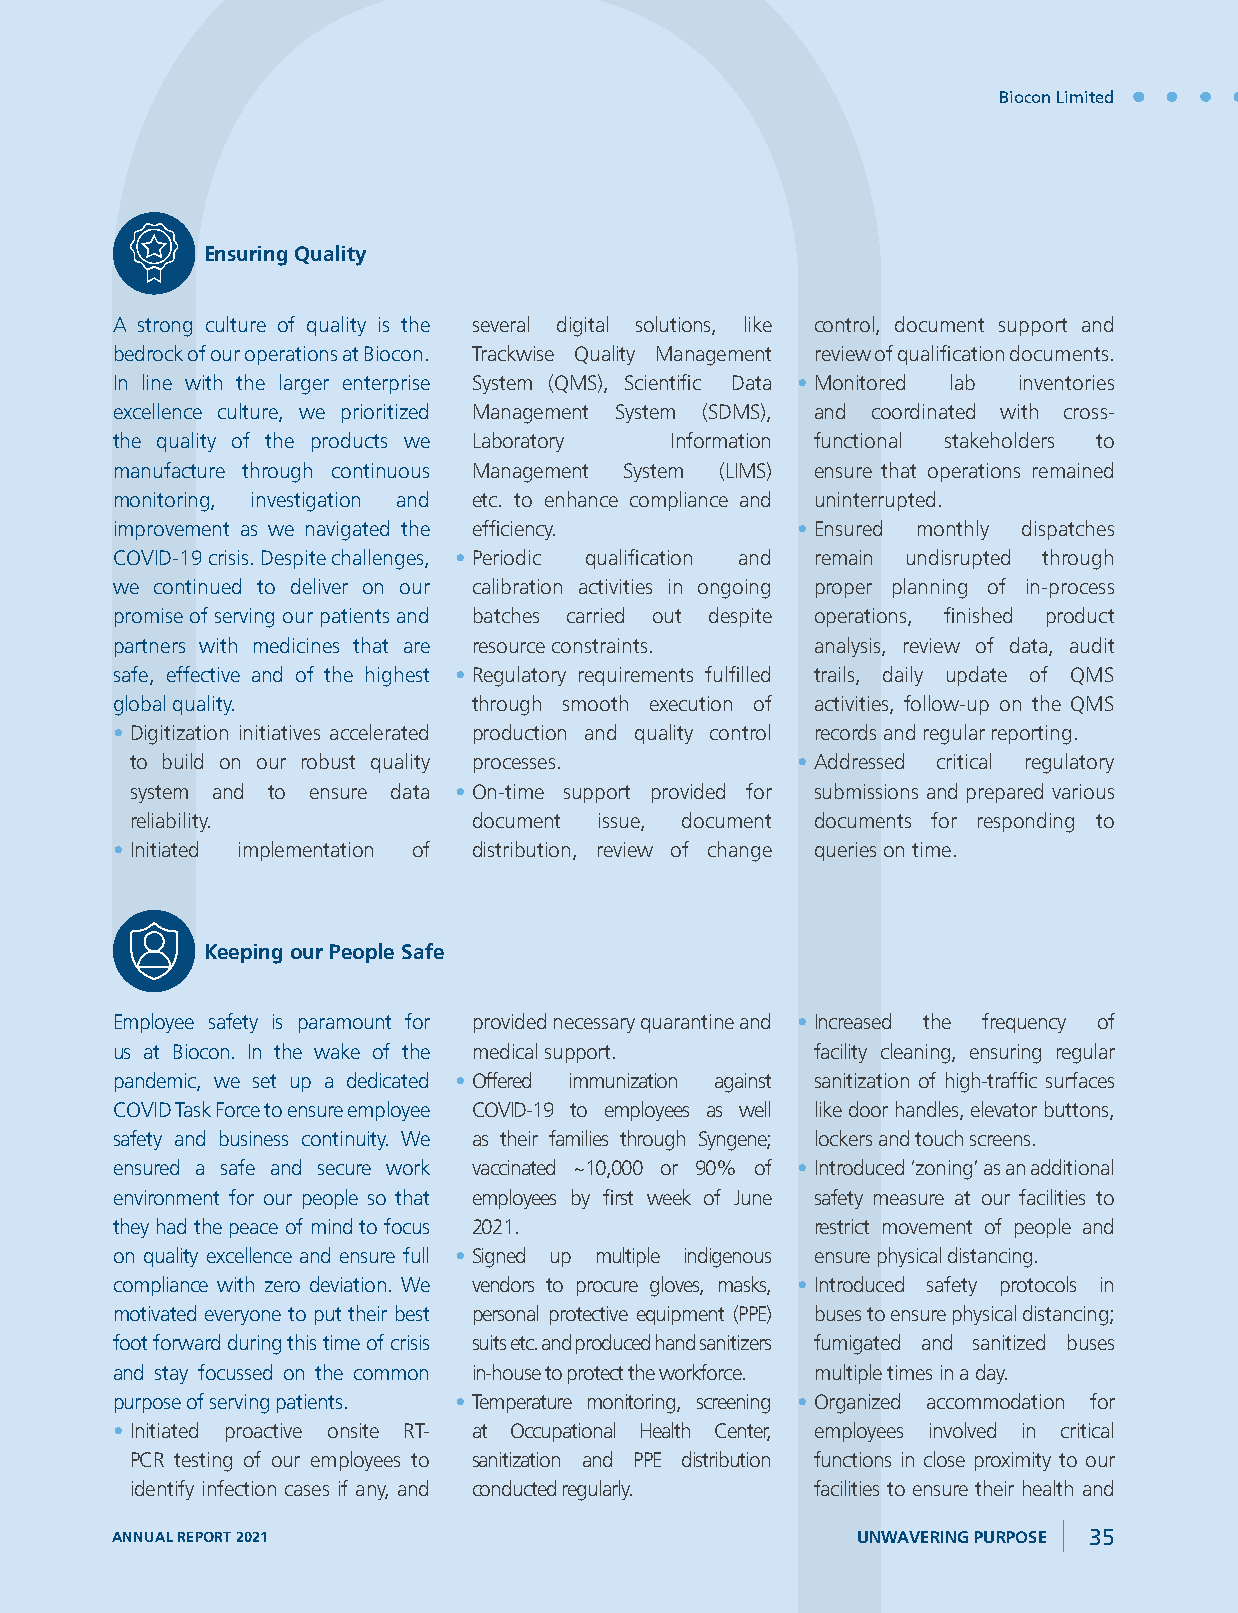
Biocon Limited
 Ensuring Quality
 A strong culture of quality is the several digital solutions, like control, document support and
 bedrock of our operations at Biocon. Trackwise Quality Management review of qualification documents.
 In line with the larger enterprise System (QMS), Scientific Data • Monitored lab inventories
 excellence culture, we prioritized Management System (SDMS), and coordinated with cross-
 the quality of the products we Laboratory Information functional stakeholders to
 manufacture through continuous Management System (LIMS) ensure that operations remained
 monitoring, investigation and etc. to enhance compliance and uninterrupted.
 improvement as we navigated the efficiency.   • Ensured monthly dispatches
 COVID-19 crisis. Despite challenges, • Periodic qualification and remain undisrupted through
 we continued to deliver on our calibration activities in ongoing proper planning of in-process
 promise of serving our patients and batches carried out despite operations, finished product
 partners with medicines that are resource constraints. analysis, review of data, audit
 safe, effective and of the highest • Regulatory requirements fulfilled trails, daily update of QMS
 global quality.         through smooth execution of activities, follow-up on the QMS
 • Digitization initiatives accelerated production and quality control records and regular reporting.
 to build on our robust quality processes.   • Addressed critical regulatory
 system and to ensure data • On-time support provided for submissions and prepared various
 reliability.          document issue, document documents for responding to
 • Initiated implementation of distribution, review of change queries on time.
 Keeping our People Safe
 Employee safety is paramount for provided necessary quarantine and • Increased the frequency of
 us at Biocon. In the wake of the medical support. facility cleaning, ensuring regular
 pandemic, we set up a dedicated • Offered immunization against sanitization of high-traffic surfaces
 COVID Task Force to ensure employee COVID-19 to employees as well like door handles, elevator buttons,
 safety and business continuity. We as their families through Syngene; lockers and touch screens.
 ensured a safe and secure work vaccinated ~10,000 or 90% of • Introduced ‘zoning’ as an additional
 environment for our people so that employees by first week of June safety measure at our facilities to
 they had the peace of mind to focus 2021.      restrict movement of people and
 on quality excellence and ensure full • Signed up multiple indigenous ensure physical distancing.
 compliance with zero deviation. We vendors to procure gloves, masks, • Introduced safety protocols in
 motivated everyone to put their best personal protective equipment (PPE) buses to ensure physical distancing;
 foot forward during this time of crisis suits etc. and produced hand sanitizers fumigated and sanitized buses
 and stay focussed on the common in-house to protect the workforce. multiple times in a day.
 purpose of serving patients. • Temperature monitoring, screening • Organized accommodation for
 • Initiated proactive onsite RT- at Occupational Health Center, employees involved in critical
 PCR testing of our employees to sanitization and PPE distribution functions in close proximity to our
 identify infection cases if any, and conducted regularly. facilities to ensure their health and
 ANNUAL REPORT 2021                                UNWAVERING PURPOSE 35